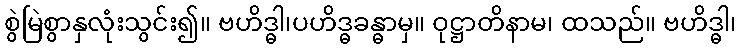
စွဲမြဲစွာနှလုံးသွင်း၍။ ဗဟိဒ္ဓါ၊ပဟိဒ္ဓခန္ဓာမှ။ ဝုဋ္ဌာတိနာမ၊ ထသည်။ ဗဟိဒ္ဓါ၊